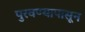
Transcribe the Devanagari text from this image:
पुरवण्यापासून